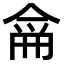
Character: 𠋁